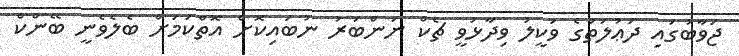
ޖަވާބުގައި ދަޢުލަތުގެ ވަކީލު ވިދާޅުވީ ޗެކް ނަންބަރު ނުބައިކޮށް އޮތްކަމަށް ބެލެވެނީ ބޭންކް